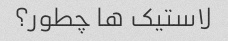
لاستیک ها چطور؟